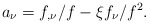
\begin{align*}a_{\nu }=f_{,\nu }/f-\xi f_{\nu }/f^{2}. \end{align*}